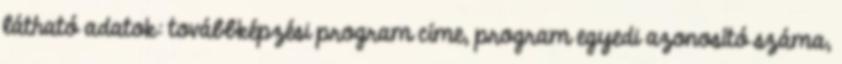
látható adatok: továbbképzési program címe, program egyedi azonosító száma,